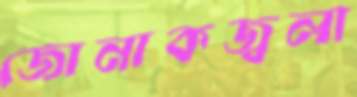
জোনাকজ্বলা